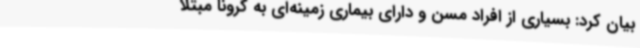
بیان کرد: بسیاری از افراد مسن و دارای بیماری زمینه‌ای به کرونا مبتلا